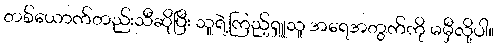
တစ်ယောက်တည်းသီဆိုပြီး သူရဲ့ကြည့်ရှူသူ အရေအတွက်ကို မမှီလို့ပါ။